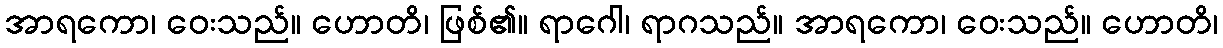
အာရကော၊ ဝေးသည်။ ဟောတိ၊ ဖြစ်၏။ ရာဂေါ၊ ရာဂသည်။ အာရကော၊ ဝေးသည်။ ဟောတိ၊